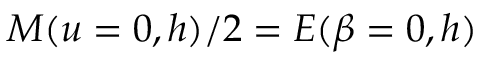
M ( u = 0 , h ) / 2 = E ( \beta = 0 , h )